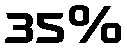
35%